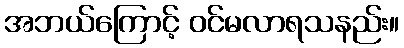
အဘယ်ကြောင့် ဝင်မလာရသနည်း။